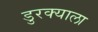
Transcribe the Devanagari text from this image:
डुरक्याला